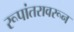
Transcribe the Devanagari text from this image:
रूपांतरावरून